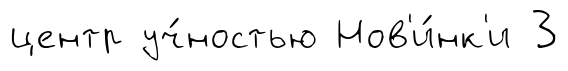
центр уч́ностью Нов'и́нк'и 3